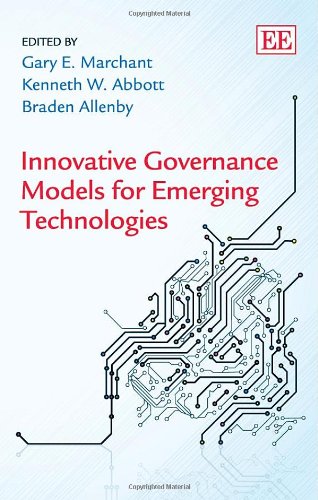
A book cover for Innovative Governance Models for Emerging Technologies; Gary E. Marchant; Computers & Technology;